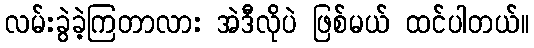
လမ်းခွဲခဲ့ကြတာလား အဲဒီလိုပဲ ဖြစ်မယ် ထင်ပါတယ်။